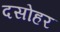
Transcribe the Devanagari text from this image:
दसोहर